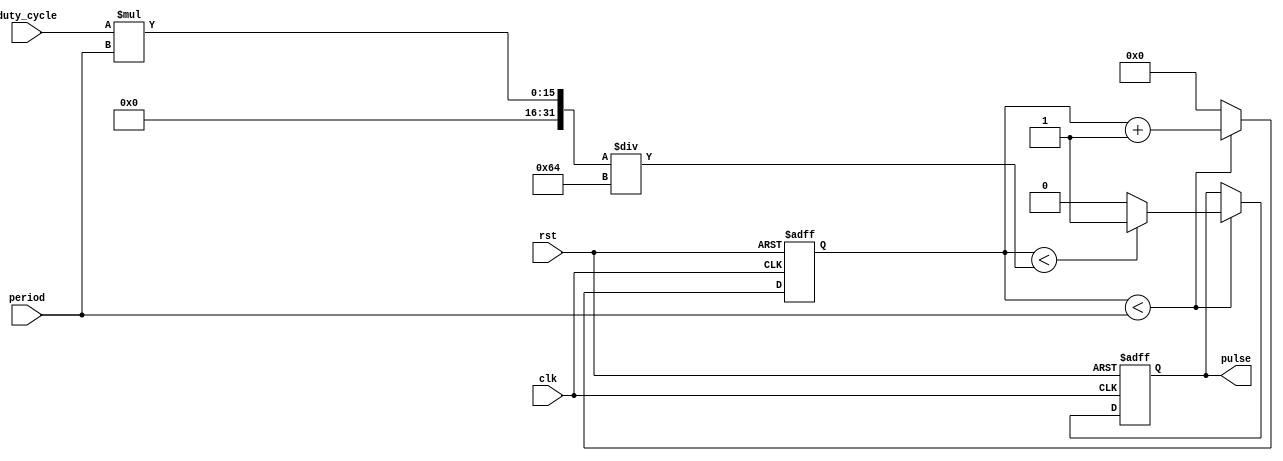
module DutyCyclePulseGenerator(
    input wire clk,
    input wire rst,
    input wire [7:0] period,
    input wire [7:0] duty_cycle,
    output reg pulse
);

reg [7:0] counter;

always @(posedge clk or posedge rst)
begin
    if (rst)
    begin
        counter <= 8'd0;
        pulse <= 1'b0;
    end
    else if (counter < period)
    begin
        counter <= counter + 1;
        if (counter < (duty_cycle * period / 100))
            pulse <= 1'b1;
        else
            pulse <= 1'b0;
    end
    else
       counter <= 8'd0;
end

endmodule